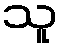
သူ